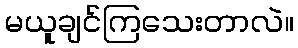
မယူချင်ကြသေးတာလဲ။